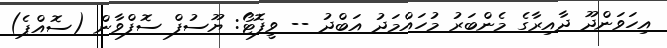
އިހަވަންދޫ ދާއިރާގެ މެންބަރު މުހައްމަދު އަބްދު -- ވީފޮޓޯ: ޔޫސުފް ސޮފްވާން (ސޮއްޕެ)